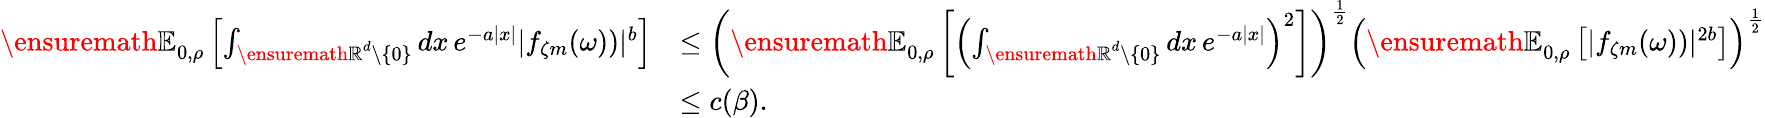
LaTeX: \begin{array}{rl}{{\ensuremath{\mathbb E}}_{0,\rho}\left[\int_{{\ensuremath{\mathbb R}}^{d}\setminus\{ 0\} }dx\, e^{-a|x|}|f_{\zeta m}(\omega))|^{b}\right]}&{\leq\left({\ensuremath{\mathbb E}}_{0,\rho}\left[\left(\int_{{\ensuremath{\mathbb R}}^{d}\setminus\{ 0\} }dx\, e^{-a|x|}\right)^{2}\right]\right)^{\frac{1}{2}}\left({\ensuremath{\mathbb E}}_{0,\rho}\left[|f_{\zeta m}(\omega))|^{2b}\right]\right)^{\frac{1}{2}}}\\ &{\leq c(\beta).}\end{array}